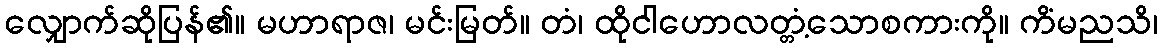
လျှောက်ဆိုပြန်၏။ မဟာရာဇ၊ မင်းမြတ်။ တံ၊ ထိုငါဟောလတ္တံ့သောစကားကို။ ကိံမညသိ၊